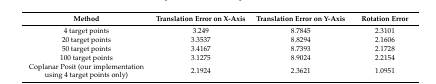
| Method | Translation Error on X-Axis | Translation Error on Y-Axis | Rotation Error |
 | --- | --- | --- | --- |
 | 4 target points | 3.249 | 8.7845 | 2.3101 |
 | 20 target points | 3.3537 | 8.8294 | 2.1606 |
 | 50 target points | 3.4167 | 8.7393 | 2.1728 |
 | 100 target points | 3.1275 | 8.9024 | 2.2154 |
 | Coplanar Posit (our implementation using 4 target points only) | 2.1924 | 2.3621 | 1.0951 |